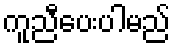
ကူညီပေးပါမည်